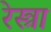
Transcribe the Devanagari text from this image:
रेस्त्रा